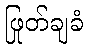
ဖြုတ်ချခံ